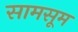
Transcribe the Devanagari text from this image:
सामसूम